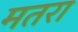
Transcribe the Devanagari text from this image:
मतरा